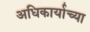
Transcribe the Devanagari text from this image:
अधिकार्याच्या